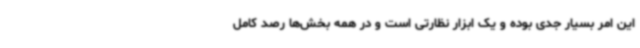
این امر بسیار جدی بوده و یک ابزار نظارتی است و در همه بخش‌ها رصد کامل